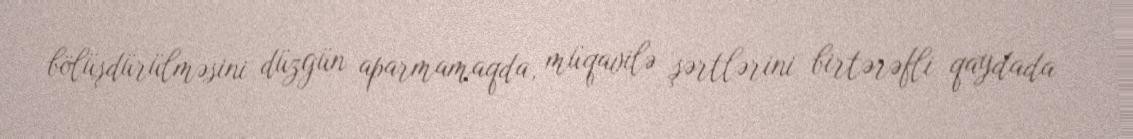
bölüşdürülməsini düzgün aparmamaqda, müqavilə şərtlərini birtərəfli qaydada